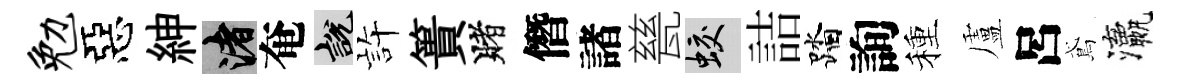
勉惡紳渚奄説静簣賭僭諸甆蛟詰踏詢種盧呂鳶瀛